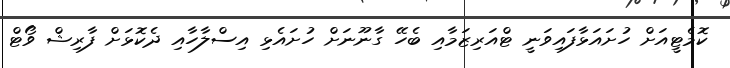
ކޮމެޓީއަށް ހުށައަޅާފައިވަނީ ޓްއަރިޒަމާއި ބެހޭ ގާނޫނަށް ހުށައެޅި އިސްލާހާއި ދެކޮޅަށް ފާރިޝް ވޯޓް